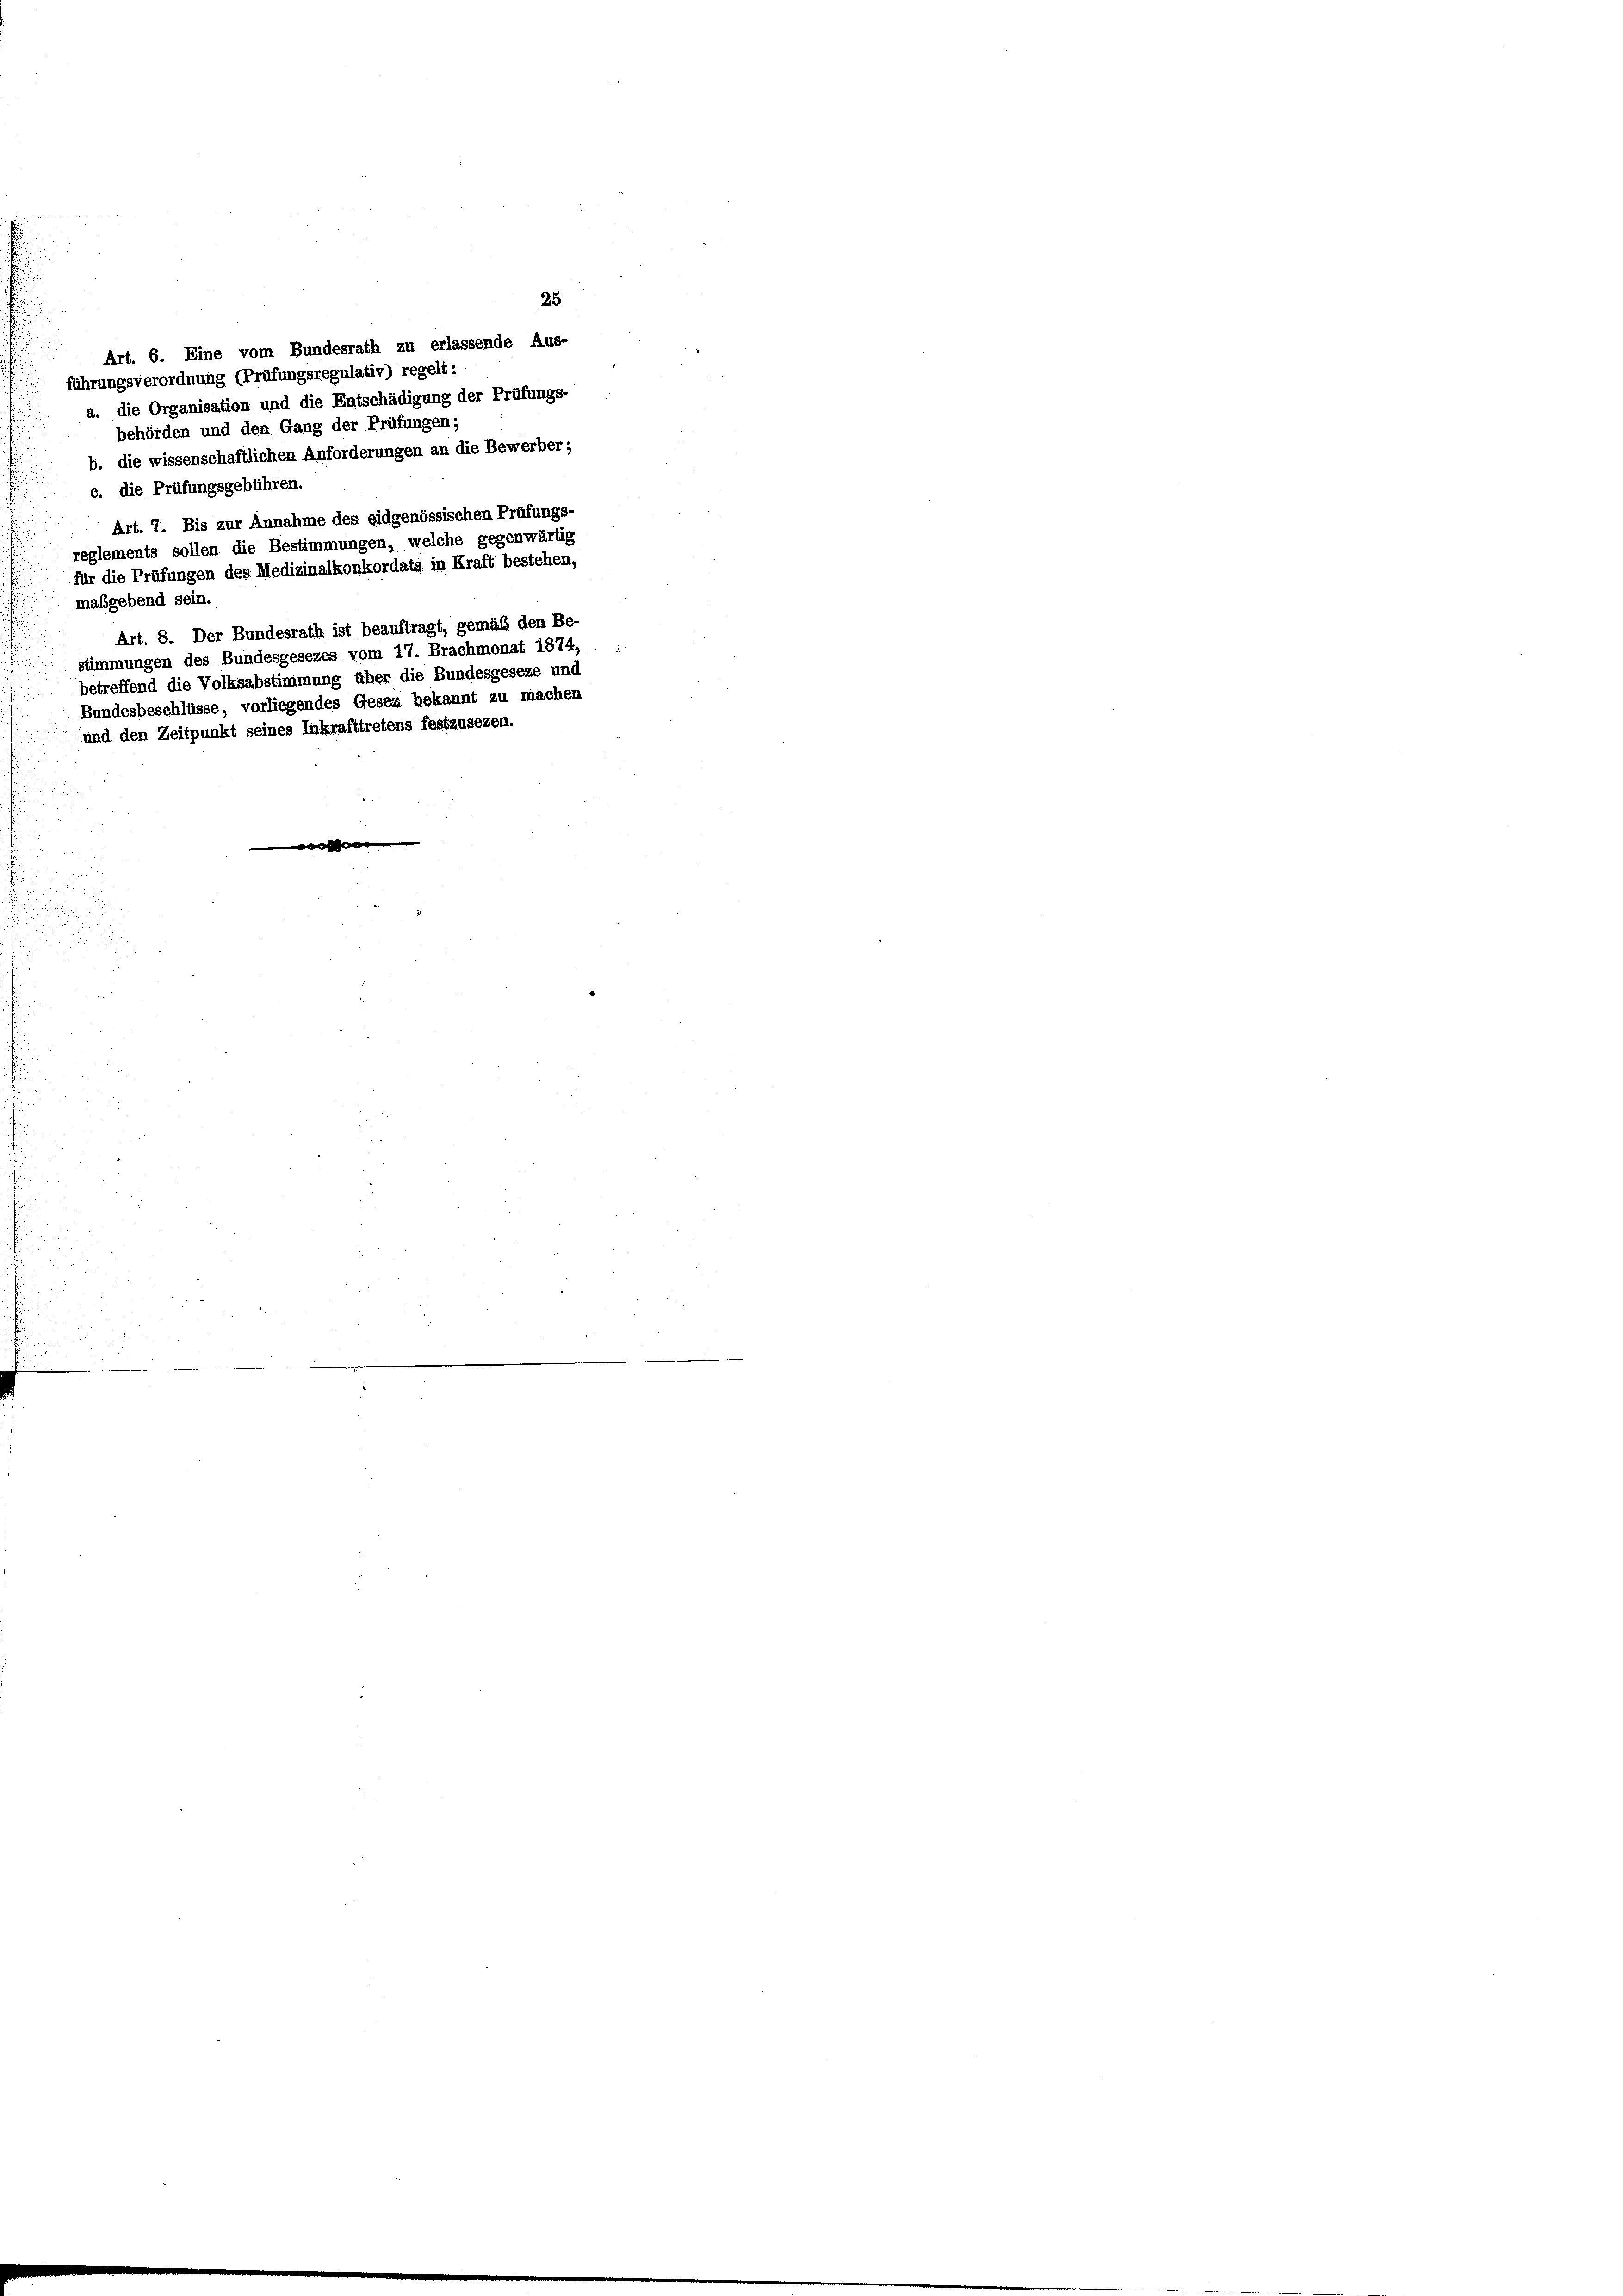
a. die Organisation und die Entschädigung der Prüfungs-
behörden und den Gang der Prüfungen;
b. die wissenschaftlichen Anforderungen an die Bewerber;
c. die Prüfungsgebühren.
Art. 7. Bis zur Annahme des eidgenössischen Prüfungs-
reglements sollen die Bestimmungen, welche gegenwärtig
für die Prüfungen des Medizinalkonkordats in Kraft bestehen,
maßgebend sein.
Art. 8. Der Bundesrath ist beauftragt, gemäß den Be-
stimmungen des Bundesgesezes vom 17. Brachmonat 1874,
betreffend die Volksabstimmung über die Bundesgeseze und
Bundesbeschlüsse, vorliegendes Gesez bekannt zu machen
und den Zeitpunkt seines Inkrafttretens festzusezen.

25
Art. 6. Eine vom Bundesrath zu erlassende Aus-
führungsverordnung (Prüfungsregulativ) regelt: